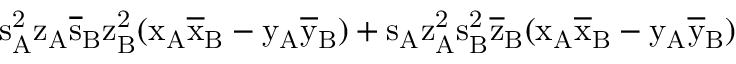
\mathrm { s _ { A } ^ { 2 } \mathrm { z _ { A } \mathrm { \overline { { s } } _ { B } \mathrm { z _ { B } ^ { 2 } ( \mathrm { x _ { A } \mathrm { \overline { { x } } _ { B } - \mathrm { y _ { A } \mathrm { \overline { { y } } _ { B } ) + \mathrm { s _ { A } \mathrm { z _ { A } ^ { 2 } \mathrm { s _ { B } ^ { 2 } \mathrm { \overline { { z } } _ { B } ( \mathrm { x _ { A } \mathrm { \overline { { x } } _ { B } - \mathrm { y _ { A } \mathrm { \overline { { y } } _ { B } ) } } } } } } } } } } } } } } } }